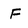
Character: F